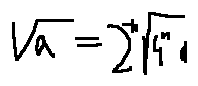
\sqrt { a } = 2 ^ { - n } \sqrt { 4 ^ { n } a }